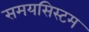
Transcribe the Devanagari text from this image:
समयसिस्टम